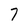
Character: 7